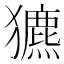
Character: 𤣄